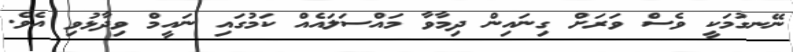
ނޭނގުމަކީ ވެސް ވަރަށް ގިނައިން ދިމާވާ މައްސަލައެއް ކަމުގައި ނައީމް ވިދާޅުވި އެވެ.